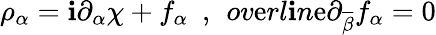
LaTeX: \rho_{\alpha}=\mathbf{i}\partial_{\alpha}\chi+f_{\alpha}\ \ ,\ \, ov\mathrm{e}rl\mathbf{i}n\mathrm{e}{\partial}_{\overline{{{{\beta}}}}}f_{\alpha}=0